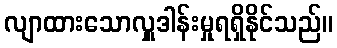
လျာထားသောလှူဒါန်းမှုရရှိနိုင်သည်။